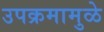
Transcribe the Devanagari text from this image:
उपक्रमामुळे